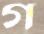
গ